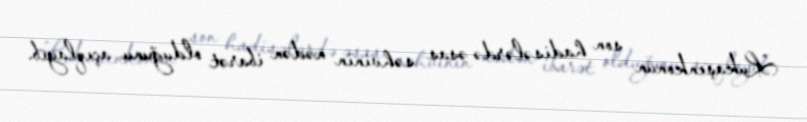
Lukaşenkonun son hadisələrdə əsas səhvinin nədən ibarət olduğunu açıqlayıb.